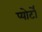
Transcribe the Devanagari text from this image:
प्योर्टो